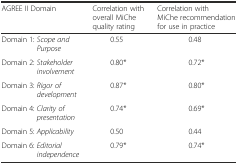
| AGREE II Domain | Correlation with overall MiChe quality rating | Correlation with MiChe recommendation for use in practice |
 | --- | --- | --- |
 | Domain 1: Scope and Purpose | 0.55 | 0.48 |
 | Domain 2: Stakeholder involvement | 0.80* | 0.72* |
 | Domain 3: Rigor of development | 0.87* | 0.80* |
 | Domain 4: Clarity of presentation | 0.74* | 0.69* |
 | Domain 5: Applicability | 0.50 | 0.44 |
 | Domain 6: Editorial independence | 0.79* | 0.74* |